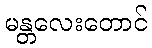
မန္တလေးတောင်